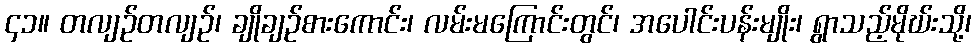
၄၁။ တလျဉ်တလျဉ်၊ ချိုချဉ်စားကောင်း၊ လမ်းမကြောင်းတွင်၊ အပေါင်းပန်းမျိုး၊ ရွာသည့်မိုဃ်းသို့၊